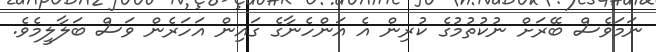
ނަމަވެސް ބޭރަށް ނުކުތުމުގެ ކުރިން އެ އަންހެނާގެ ގައިން އަހަރެން ވަސް ބަލާލީމެވެ.